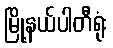
မြို့နယ်ပါတီရုံး